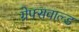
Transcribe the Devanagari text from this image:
ग्रेफ्सवाल्ड